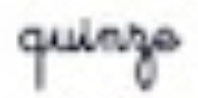
quinze